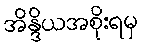
အိန္ဒိယအစိုးရမှ